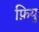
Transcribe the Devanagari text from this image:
फ़ियु